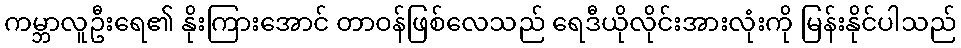
ကမ္ဘာလူဦးရေ၏ နိုးကြားအောင် တာဝန်ဖြစ်လေသည် ရေဒီယိုလိုင်းအားလုံးကို မြန်းနိုင်ပါသည်